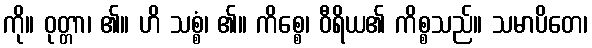
ကို။ ဝုတ္တာ၊ ၏။ ဟိ သစ္စံ၊ ၏။ ကိစ္စေ၊ ဝီရိယ၏ ကိစ္စသည်။ သမာပိတေ၊